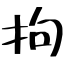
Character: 拘